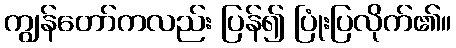
ကျွန်တော်ကလည်း ပြန်၍ ပြုံးပြလိုက်၏။